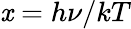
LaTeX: \mathit{x}=h\nu/kT